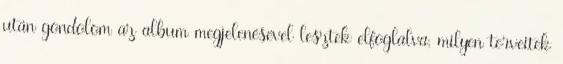
után gondolom az album megjelenésével lesztek elfoglalva, milyen terveitek